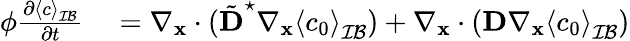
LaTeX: \begin{array}{rl}{\phi\frac{\partial\left\langle c\right\rangle_{\mathcal{IB}}}{\partial t}}&{{}=\nabla_{\mathbf{x}}\cdot(\tilde{\textbf{D}}^{\star}\nabla_{\mathbf x}\left\langle c_{0}\right\rangle_{\mathcal{IB}})+\nabla_{\mathbf x}\cdot(\textbf{D}\nabla_{\mathbf x}\left\langle c_{0}\right\rangle_{\mathcal{IB}})}\end{array}